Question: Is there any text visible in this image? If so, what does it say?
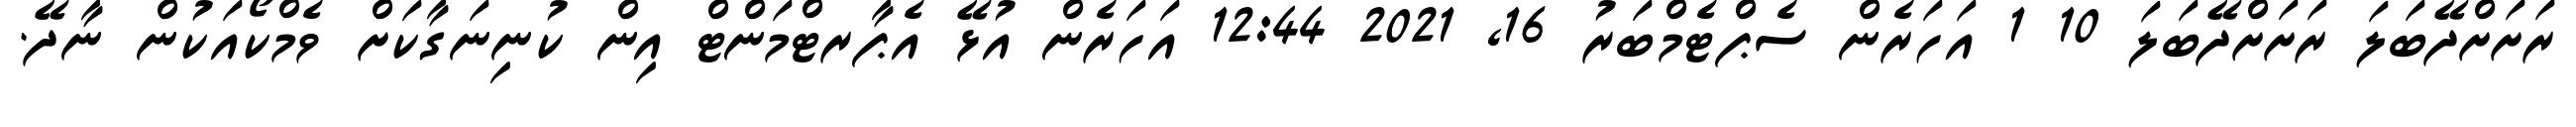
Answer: ރަށަށްދޭބަލަ ރަށަށްދޭބަލަ 10 1 އަހަރެން ސެޕްޓެމްބަރު 16, 2021 12:44 އަހަރެން އުޅޭ އެޕާރޓްމަންޓް އިން ކުނިނަގާކަށް ވެމްކޯއަކުން ނާދޭ.